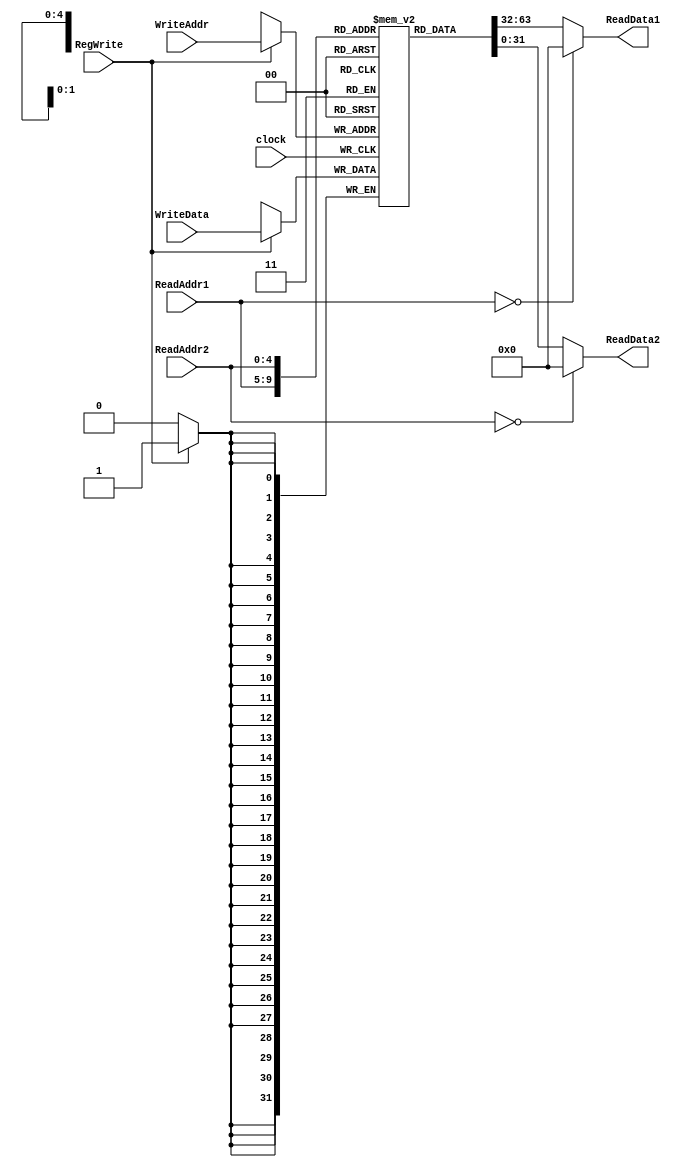
module register_file #(
   parameter Abits = 5,        // Number of bits in address
   parameter Dbits = 32,        // Number of bits in data
   parameter Nloc = 32         // Number of memory locations
)(
   input clock,
   input RegWrite = 0,                   // WriteEnable:  if wr==1, data is written into mem	
   input [Abits-1 : 0] ReadAddr1 = 0,   // Address for specifying memory location
	input [Abits-1 : 0] ReadAddr2 = 0,
	input [Abits-1 : 0] WriteAddr = 0,
   input [Dbits-1 : 0] WriteData = 0,    // Data for writing into memory (if wr==1)
   output [Dbits-1 : 0] ReadData1,
	output [Dbits-1 : 0] ReadData2  // Data read from memory (all the time)
   );
   
   reg [Dbits-1 : 0] register_file [Nloc-1 : 0];   // The actual registers where data is stored
	
	
   always @(posedge clock)     // Memory write: only when wr==1, and only at posedge clock
      if(RegWrite)
         register_file[WriteAddr] <= WriteData;

   
   assign ReadData1 = (ReadAddr1 == 0)? 0 : register_file[ReadAddr1];    // Memory read: read all the time, no clock involved
	assign ReadData2 = (ReadAddr2 == 0)? 0 : register_file[ReadAddr2];    // Memory read: read all the time, no clock involved

   
endmodule